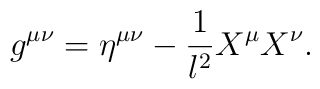
g^{\mu\nu}= \eta ^{\mu \nu} - \frac{1}{l^2} X^\mu X^\nu.